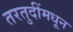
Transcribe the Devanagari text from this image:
तरतुदींमधून